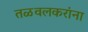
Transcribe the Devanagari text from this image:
तळवलकरांना